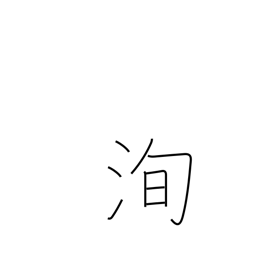
Meaning: truth